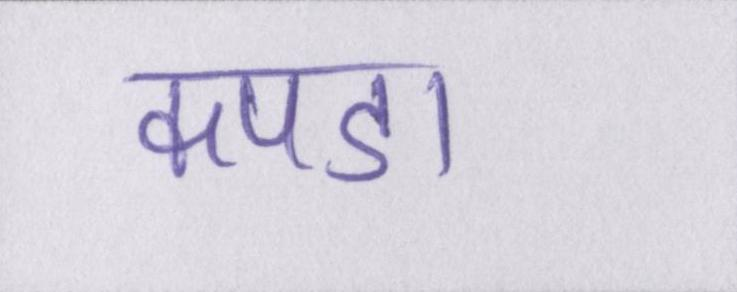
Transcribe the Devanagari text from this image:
कपडा